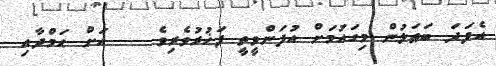
އެފަދަ ބަޠަލުން މިގައުމަށް އުފަންވީތީ ފަޚުރުވެރިވެ    އަށް ޙަމްދާއި